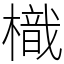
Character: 樴